Anatomy and histology of ticks - Number 23
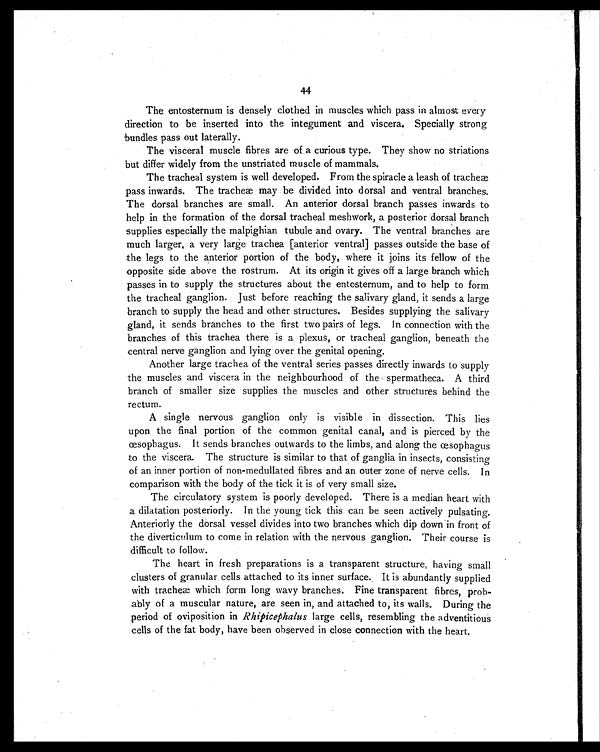
44
The entosternum is densely clothed in muscles which pass in almost every
direction to be inserted into the integument and viscera. Specially strong
bundles pass out laterally.
The visceral muscle fibres are of a curious type. They show no striations
but differ widely from the unstriated muscle of mammals.
The tracheal system is well developed. From the spiracle a leash of tracheæ
pass inwards. The tracheæ may be divided into dorsal and ventral branches.
The dorsal branches are small. An anterior dorsal branch passes inwards to
help in the formation of the dorsal tracheal meshwork, a posterior dorsal branch
supplies especially the malpighian tubule and ovary. The ventral branches are
much larger, a very large trachea [anterior ventral] passes outside the base of
the legs to the anterior portion of the body, where it joins its fellow of the
opposite side above the rostrum. At its origin it gives off a large branch which
passes in to supply the structures about the entosternum, and to help to form
the tracheal ganglion. Just before reaching the salivary gland, it sends a large
branch to supply the head and other structures. Besides supplying the salivary
gland, it sends branches to the first two pairs of legs. In connection with the
branches of this trachea there is a plexus, or tracheal ganglion, beneath the
central nerve ganglion and lying over the genital opening.
Another large trachea of the ventral series passes directly inwards to supply
the muscles and viscera in the neighbourhood of the spermatheca. A third
branch of smaller size supplies the muscles and other structures behind the
rectum.
A single nervous ganglion only is visible in dissection. This lies
upon the final portion of the common genital canal, and is pierced by the
œsophagus. It sends branches outwards to the limbs, and along the œsophagus
to the viscera. The structure is similar to that of ganglia in insects, consisting
of an inner portion of non-medullated fibres and an outer zone of nerve cells. In
comparison with the body of the tick it is of very small size.
The circulatory system is poorly developed. There is a median heart with
a dilatation posteriorly. In the young tick this can be seen actively pulsating.
Anteriorly the dorsal vessel divides into two branches which dip down in front of
the diverticulum to come in relation with the nervous ganglion. Their course is
difficult to follow.
The heart in fresh preparations is a transparent structure, having small
clusters of granular cells attached to its inner surface. It is abundantly supplied
with tracheæ which form long wavy branches. Fine transparent fibres, prob-
ably of a muscular nature, are seen in, and attached to, its walls. During the
period of oviposition in Rhipicephalus large cells, resembling the adventitious
cells of the fat body, have been observed in close connection with the heart.